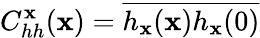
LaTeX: C_{hh}^{\mathbf{x}}(\mathbf{x})=\overline{{{h_{\mathbf{x}}(\mathbf{x})h_{\mathbf{x}}(0)}}}